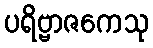
ပရိဗ္ဗာဇကေသု